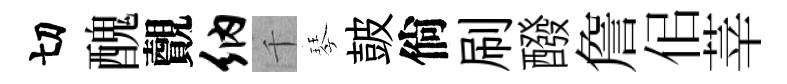
切醜覿纳千琴皷倘刷醱詹佀莘